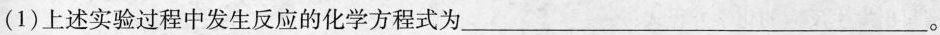
(1)上述实验过程中发生反应的化学方程式为___。